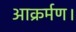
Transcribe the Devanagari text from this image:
आक्रर्मण।